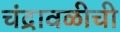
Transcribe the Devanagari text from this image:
चंद्रावळीची